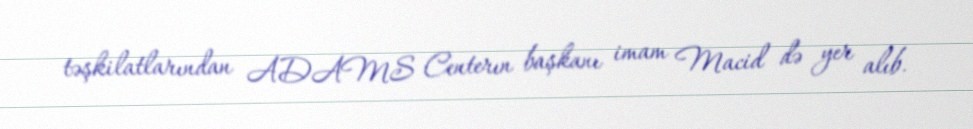
təşkilatlarından ADAMS Centerın başkanı imam Macid də yer alıb.